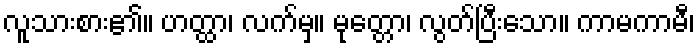
လူသားစား၏။ ဟတ္ထာ၊ လက်မှ။ မုတ္တော၊ လွတ်ပြီးသော။ ကာမကာမီ၊